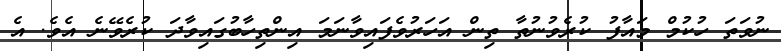
ނުވަތަ ހުކުމް މައާފު ކުރެވުނުތާ ތިން އަހަރުވެފައިވާނަމަ އިންތިހާބުގައިވާދަ ކުރެވޭނެ އެވެ. އެ